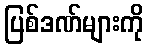
ပြစ်ဒဏ်များကို